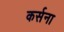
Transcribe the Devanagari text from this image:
कर्सना